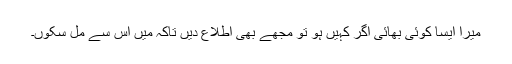
میرا ایسا کوئی بھائی اگر کہیں ہو تو مجھے بھی اطلاع دیں تاکہ میں اس سے مل سکوں۔